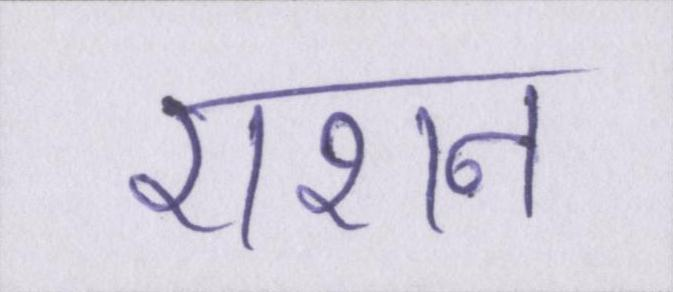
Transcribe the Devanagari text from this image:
राशन